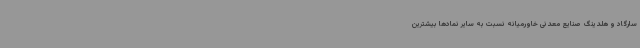
سارگاد و هلدینگ صنایع معدنی خاورمیانه نسبت به سایر نمادها بیشترین